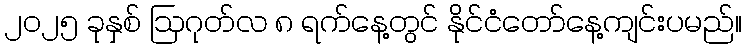
၂၀၂၅ ခုနှစ် ဩဂုတ်လ ၈ ရက်နေ့တွင် နိုင်ငံတော်နေ့ကျင်းပမည်။